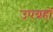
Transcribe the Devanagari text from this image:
उपग्रहोंं